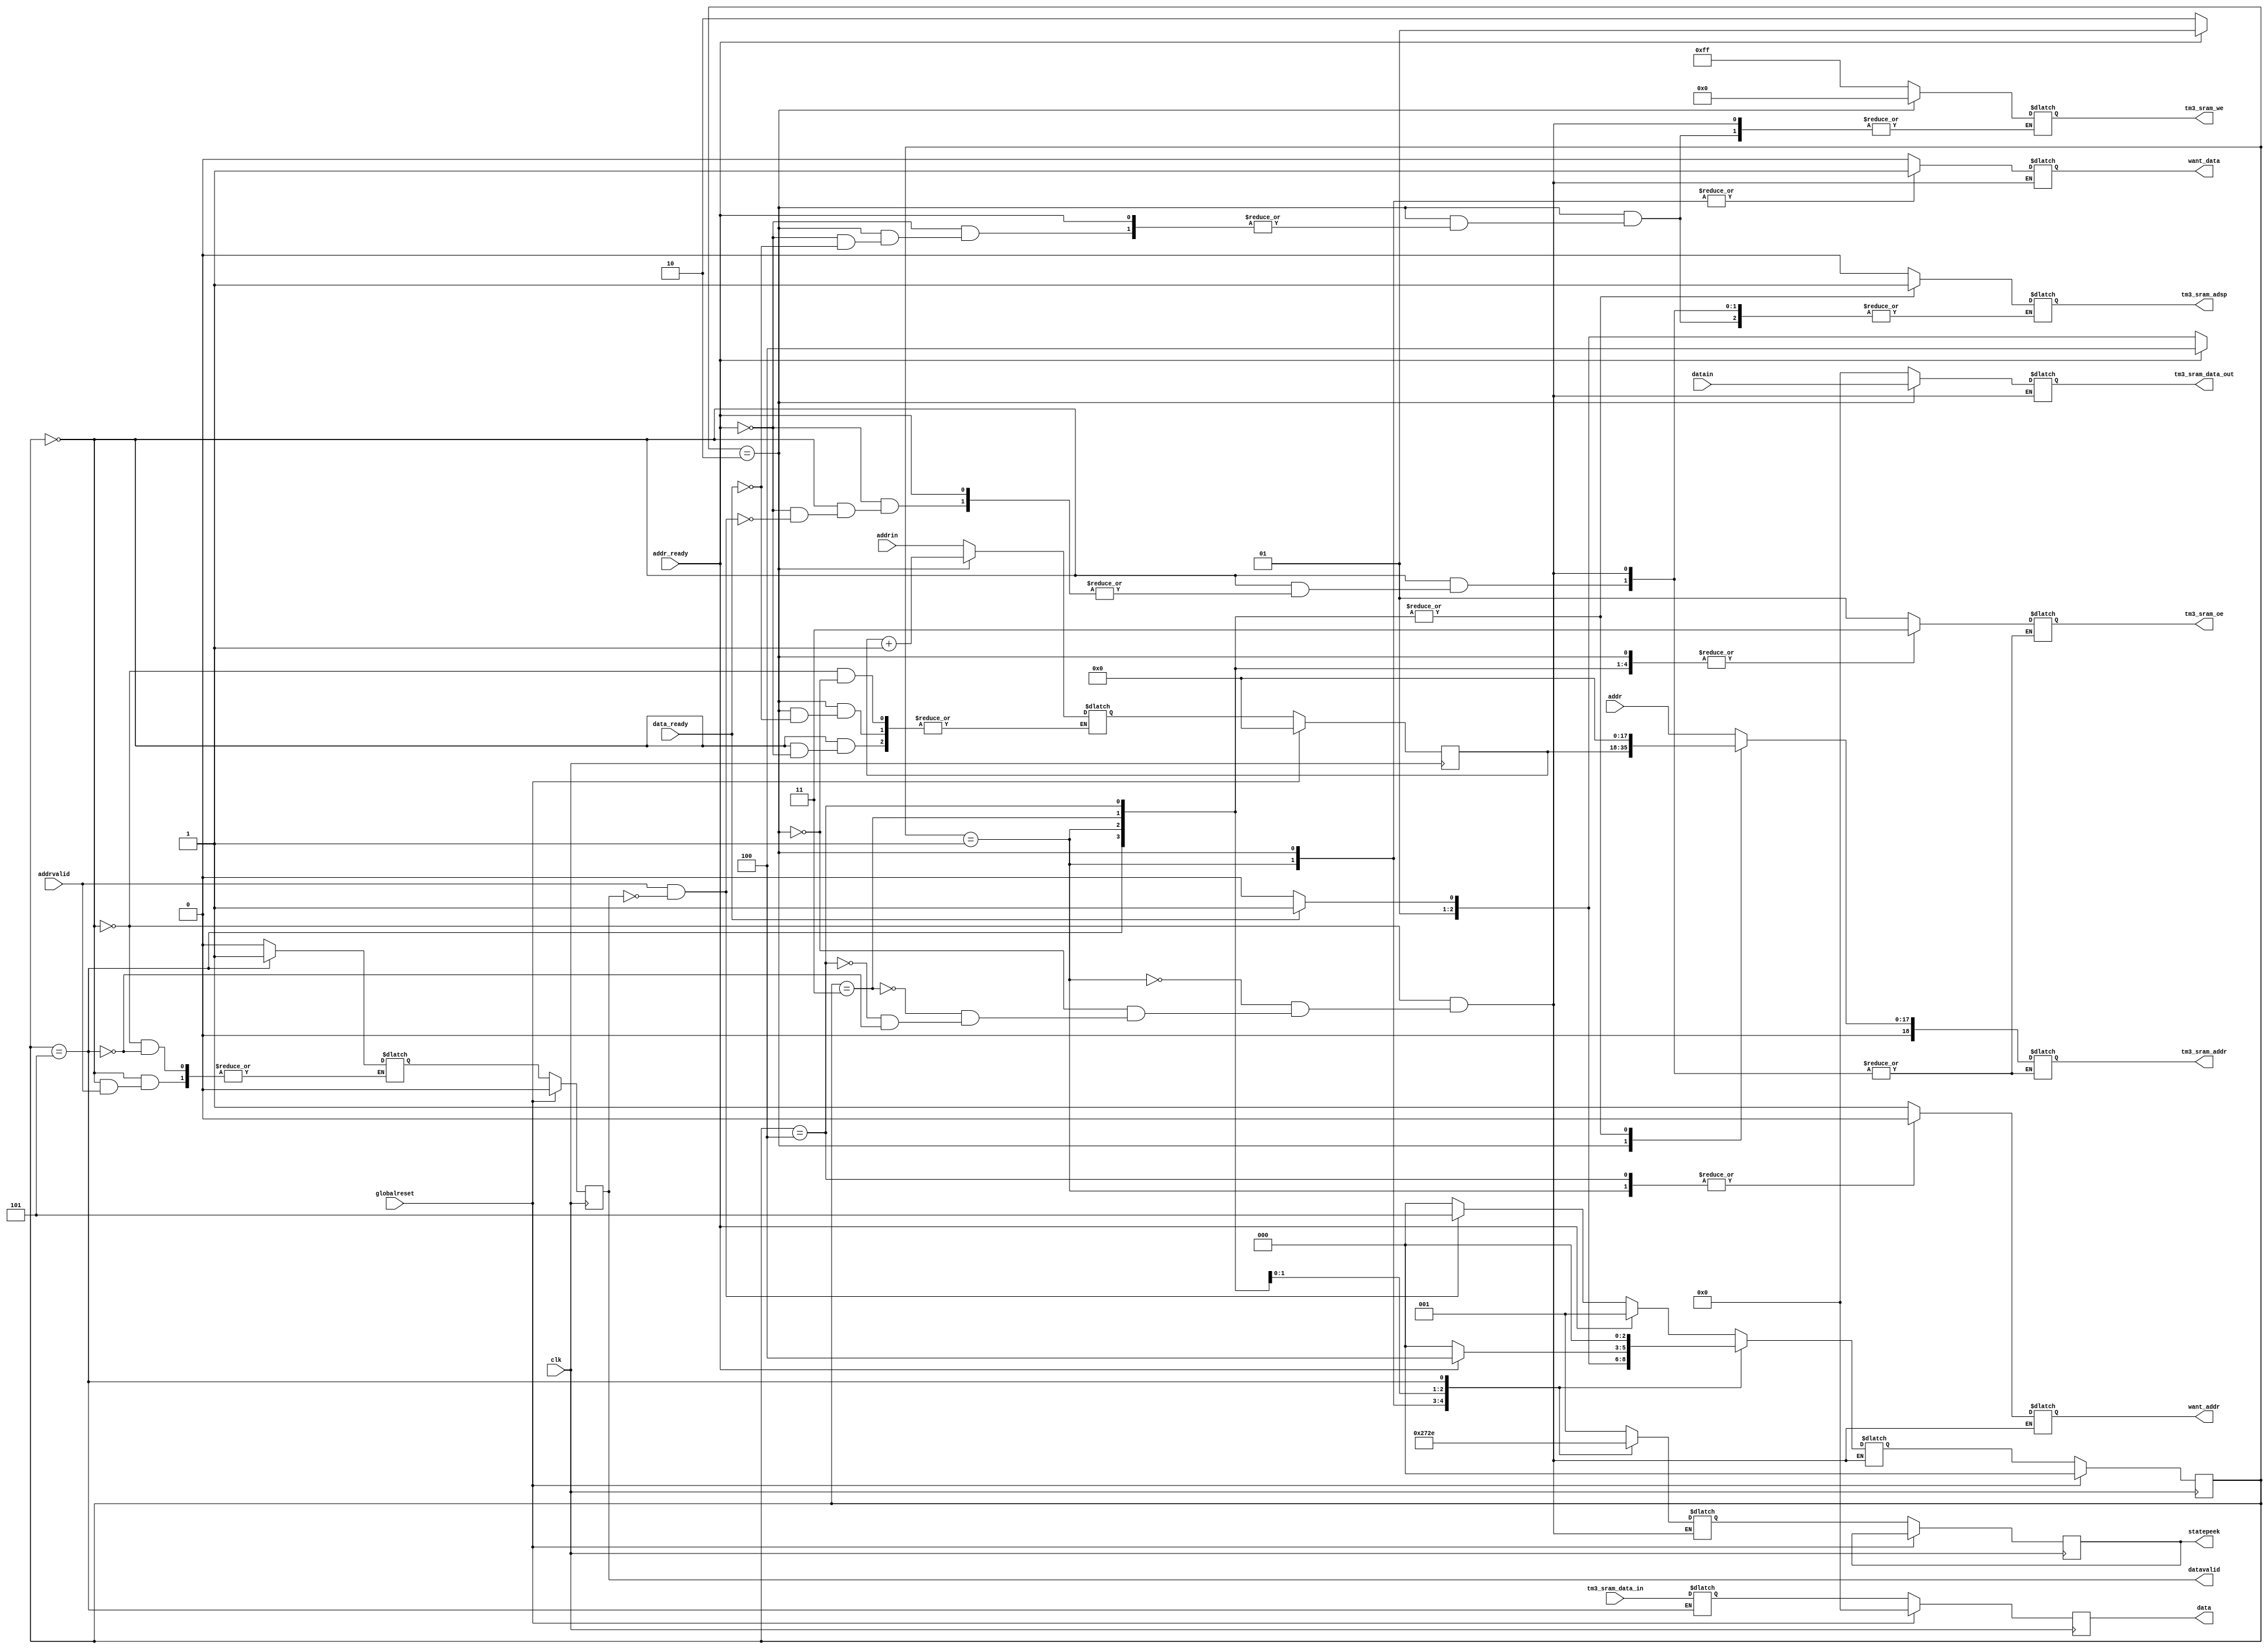
`define SIMULATION_MEMORY

 module sramcontroller (want_addr, addr_ready, addrin, want_data, data_ready, datain, addr, addrvalid, data, datavalid, tm3_sram_data_in, tm3_sram_data_out, tm3_sram_addr, tm3_sram_we, tm3_sram_oe, tm3_sram_adsp, globalreset, clk, statepeek);

    output want_addr; 
    reg want_addr;
    input addr_ready; 
    input[17:0] addrin; 
    output want_data; 
    reg want_data;
    input data_ready; 
    input[63:0] datain; 
    input[17:0] addr; 
    input addrvalid; 

    output[63:0] data; 
    reg[63:0] data;
    reg[63:0] temp_data;
    output datavalid; 
    reg datavalid;
    reg temp_datavalid;
    input[63:0] tm3_sram_data_in; 
    wire[63:0] tm3_sram_data_in;
    output[63:0] tm3_sram_data_out; 
    wire[63:0] tm3_sram_data_out;
    reg[63:0] tm3_sram_data_xhdl0;
    output[18:0] tm3_sram_addr; 
    reg[18:0] tm3_sram_addr;
    output[7:0] tm3_sram_we; 
    reg[7:0] tm3_sram_we;
    output[1:0] tm3_sram_oe; 

    reg[1:0] tm3_sram_oe;
    output tm3_sram_adsp; 
    reg tm3_sram_adsp;
    input globalreset; 
    input clk; 
    output[2:0] statepeek; 
    reg[2:0] statepeek;
    reg[2:0] temp_statepeek;

    reg[2:0] state; 
    reg[2:0] next_state; 
    reg[17:0] waddress; 
    reg[17:0] temp_waddress; 

    assign tm3_sram_data_out = tm3_sram_data_xhdl0;

    always @(posedge clk)
    begin
       if (globalreset == 1'b1)

       begin
          state <= 0 ; 
          waddress <= 0;
          data <= 0;
          datavalid <= 1'b0 ; 
       end
       else
       begin
          state <= next_state ; 
			statepeek <= temp_statepeek;
		data <=temp_data;
        datavalid <=temp_datavalid;
           waddress <= temp_waddress;
       end 
    end 

    always @(state or addr_ready or data_ready or waddress or datain or addrvalid or 
             datavalid or addr)
    begin
       case (state)
          0 :
                   begin
				       tm3_sram_we = 8'b11111111 ; 
				       tm3_sram_data_xhdl0 = 0;
				       want_addr = 1'b1 ; 
				       want_data = 1'b0 ; 
                      if (addr_ready == 1'b1)
                      begin
                         next_state = 1 ; 
                      end
                      else if (addrvalid == 1'b1 & datavalid == 1'b0)
                      begin
                         next_state = 5 ; 

                         tm3_sram_addr = {1'b0, addr} ; 
                         tm3_sram_adsp = 1'b0 ; 
                         tm3_sram_oe = 2'b01 ; 
                      end

                      else
                      begin
                         next_state = 0 ; 
                      end 

                      temp_statepeek = 3'b001 ; 
                         if (addr_ready == 1'b1)
                         begin
                            temp_waddress = addrin ; 
                         end 
                         if (addrvalid == 1'b0)
                         begin
                            temp_datavalid = 1'b0 ; 
                         end 

                   end
          1 :
                   begin
				       tm3_sram_we = 8'b11111111 ; 
				       tm3_sram_oe = 2'b11 ; 
				       tm3_sram_adsp = 1'b1 ; 
				       tm3_sram_data_xhdl0 = 0;
				       tm3_sram_addr = 0;
                      want_addr = 1'b0 ; 
                      want_data = 1'b1 ; 
                      if (addr_ready == 1'b1)
                      begin
                         next_state = 1 ; 
                      end
                      else
                      begin
                         next_state = 2 ; 
                      end 

                      temp_statepeek = 3'b010 ; 
                   end
          2 :
                   begin
				       tm3_sram_oe = 2'b11 ; 
				       want_addr = 1'b1 ; 
                      want_data = 1'b1 ; 
                      tm3_sram_addr = {1'b0, waddress} ; 
                      tm3_sram_data_xhdl0 = datain ; 
                      if (addr_ready == 1'b1)
                      begin
                         next_state = 4 ; 
                      end
                      else if (data_ready == 1'b1)
                      begin

                         tm3_sram_we = 8'b00000000 ; 
                         tm3_sram_adsp = 1'b0 ; 
                         next_state = 3 ; 
                      end
                      else
                      begin
                         next_state = 2 ; 
                      end 
                      temp_statepeek = 3'b011 ; 
   if (data_ready == 1'b1)

                         begin
                            temp_waddress = waddress + 1 ; 
                         end 

                   end
          3 :
                   begin
				       tm3_sram_we = 8'b11111111 ; 
				       tm3_sram_oe = 2'b11 ; 
				       tm3_sram_adsp = 1'b1 ; 
				       tm3_sram_data_xhdl0 = 0;
				       tm3_sram_addr = 0;
				       want_addr = 1'b1 ; 
				       want_data = 1'b0 ; 
                      if (data_ready == 1'b1)

                      begin
                         next_state = 3 ; 
                      end
                      else
                      begin
                         next_state = 2 ; 
                      end 
                      temp_statepeek = 3'b100 ; 
                   end
          4 :
                   begin
				       tm3_sram_we = 8'b11111111 ; 
				       tm3_sram_oe = 2'b11 ; 
				       tm3_sram_adsp = 1'b1 ; 
				       tm3_sram_data_xhdl0 = 0;
				       tm3_sram_addr = 0;
				       want_data = 1'b0 ; 
                      want_addr = 1'b0 ; 
                      if (addr_ready == 1'b1)

                      begin
                         next_state = 4 ; 
                      end
                      else
                      begin
                         next_state = 0 ; 
                      end 
                      temp_statepeek = 3'b101 ; 
                   end
          5 :
                   begin
				       tm3_sram_we = 8'b11111111 ; 
				       tm3_sram_oe = 2'b11 ; 
				       tm3_sram_adsp = 1'b1 ; 
				       tm3_sram_data_xhdl0 = 0;
				       tm3_sram_addr = 0;
				       want_addr = 1'b1 ; 
				       want_data = 1'b0 ; 
                      next_state = 0 ; 
                      temp_statepeek = 3'b110 ; 
					   temp_data = tm3_sram_data_in ; 
                         temp_datavalid = 1'b1 ; 

                   end


       endcase 
    end 
 endmodule